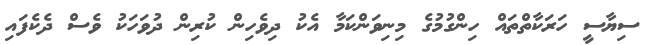
ސިޔާސީ ހަރަކާތްތައް ހިންގުމުގެ މިނިވަންކަމާ އެކު ދިވެހިން ކުރިން ދުވަހަކު ވެސް ދެކެފައި